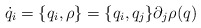
\begin{align*}\dot{q}_i = \{q_i, \rho\} = \{q_i, q_j\} \partial_j \rho(q)\end{align*}